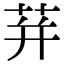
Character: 荓